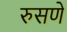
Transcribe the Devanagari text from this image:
रुसणे